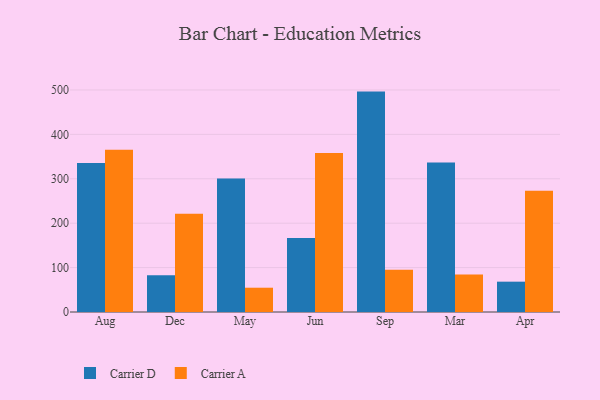
{"axis": {"x": "Month", "y": "Gross Profit (USD K)"}, "legend": ["Carrier A", "Carrier D"], "data": [{"x": "Aug", "y": 335.7, "type": "Carrier D"}, {"x": "Aug", "y": 365.5, "type": "Carrier A"}, {"x": "Dec", "y": 82.5, "type": "Carrier D"}, {"x": "Dec", "y": 221.0, "type": "Carrier A"}, {"x": "May", "y": 300.4, "type": "Carrier D"}, {"x": "May", "y": 54.7, "type": "Carrier A"}, {"x": "Jun", "y": 166.5, "type": "Carrier D"}, {"x": "Jun", "y": 358.2, "type": "Carrier A"}, {"x": "Sep", "y": 496.3, "type": "Carrier D"}, {"x": "Sep", "y": 95.3, "type": "Carrier A"}, {"x": "Mar", "y": 336.7, "type": "Carrier D"}, {"x": "Mar", "y": 84.5, "type": "Carrier A"}, {"x": "Apr", "y": 68.3, "type": "Carrier D"}, {"x": "Apr", "y": 273.2, "type": "Carrier A"}]}